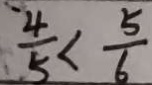
\frac { 4 } { 5 } < \frac { 5 } { 6 }